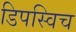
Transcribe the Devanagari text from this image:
डिपस्विच